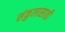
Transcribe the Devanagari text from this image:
संकुलासाठी